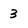
Character: 3